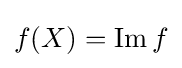
f(X)=\operatorname {Im} f